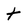
Character: t